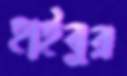
হাইবুর